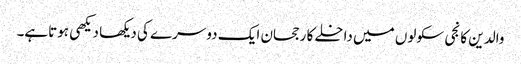
والدین کا نجی سکولوں میں داخلے کا رجحان ایک دوسرے کی دیکھا دیکھی ہوتاہے۔